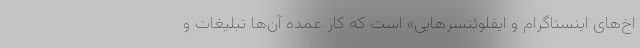
اخ‌های اینستاگرام و ایفلوئنسرهایی» است که کار عمده آن‌ها تبلیغات و